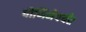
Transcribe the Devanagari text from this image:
पौणिमेपर्यंत